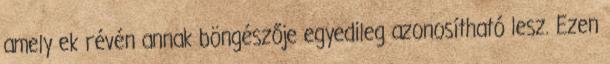
amely ek révén annak böngészője egyedileg azonosítható lesz. Ezen